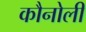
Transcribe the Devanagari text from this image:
कौनोली